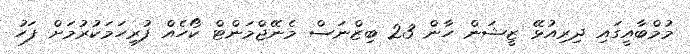
މުމްބާއީގައި ދިރިއުޅޭ ޒީޝަން ހާން 23 ބިޒްނަސް މެނޭޖްމަންޓް ކޯހެއް ފުރިހަމަކުރުމަށް ފަހު